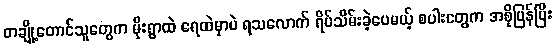
တချို့တောင်သူတွေက မိုးရွာထဲ ရေထဲမှာပဲ ရသလောက် ရိပ်သိမ်းခဲ့ပေမယ့် စပါးတွေက အစိုပြန်ပြီး